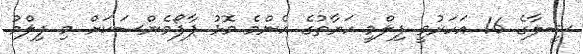
ޝީލާގެ 16 އަހަރުވީ ފިލްމީ ހަޔާތުގެ އެންމެ މޮޅު ޕާފޯމެންސަކަށް މި ފިލްމު